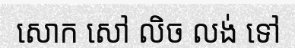
សោក សៅ លិច លង់ ទៅ